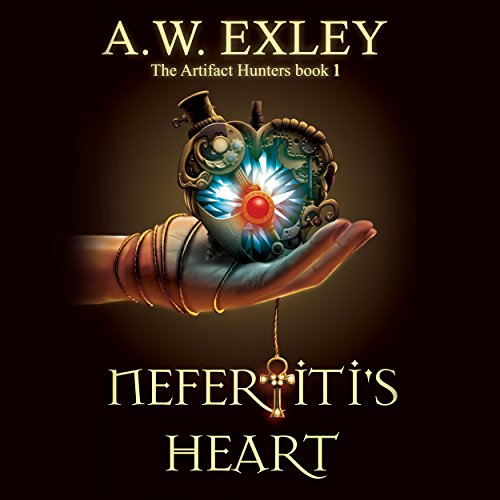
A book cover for Nefertiti's Heart; A. W. Exley; Science Fiction & Fantasy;